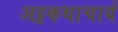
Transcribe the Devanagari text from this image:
अट्ठकथाचार्य